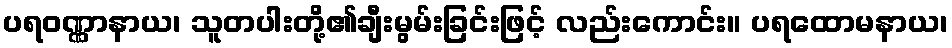
ပရဝဏ္ဏာနာယ၊ သူတပါးတို့၏ချီးမွမ်းခြင်းဖြင့် လည်းကောင်း။ ပရထောမနာယ၊